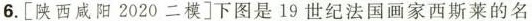
6.[陕西咸阳2020二模]下图是19世纪法国画家西斯莱的名